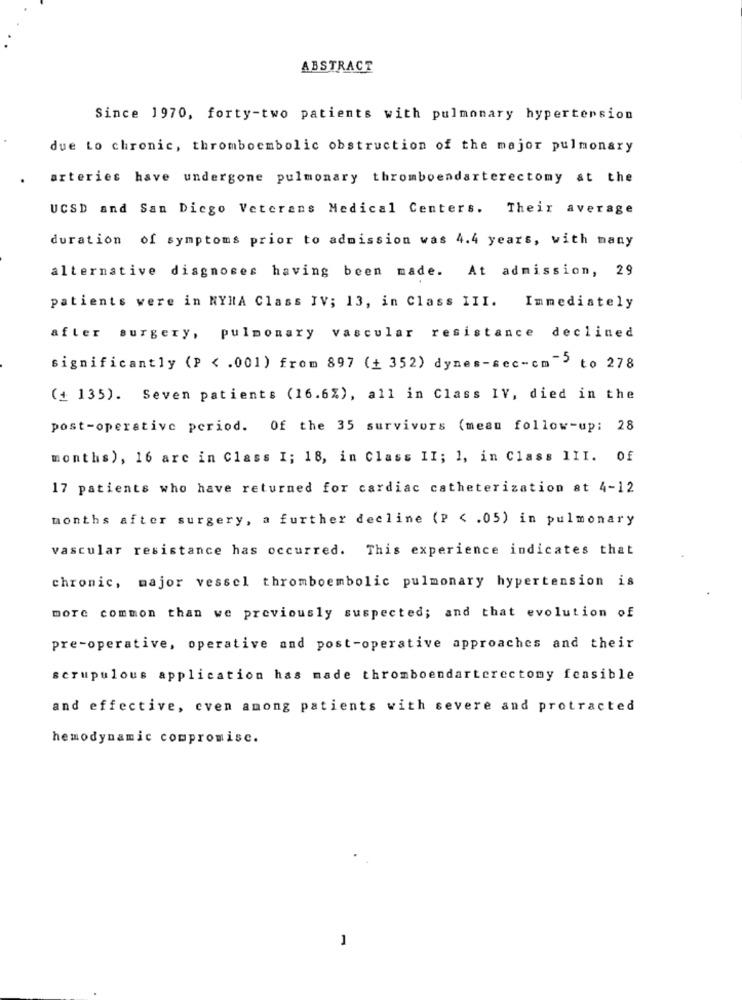
ABSTRACT
Since 1970, forty-two patients with pulmonary hypertension
due Lo chronic, thromboembolic obstruction of the major pulmonary
arteries have undergone pulmonary thromboendarterectomy at the
UCSD and San Diego Veterans Medical Centers. Their average
duration of symptoms prior to admission was 4.4 years, with many
alternative diagnoses having been made. At admission, 29
patients were in NYHA Class IV; 13, in Class III. Immediately
after surgery, pulmonary vascular resistance declined
significantly (P < . 001) from 897 (+ 352) dynes-sec-cm"> to 278
(+ 135). Seven patients (16.6%), all in Class IV, died in the
post-operative period. Of the 35 survivors (mean follow-up: 28
months), 16 are in Class I; 18, in Class II; 1, in Class III. Of
17 patients who have returned for cardiac catheterization at 4-12
months after surgery, a further decline (P < . 05) in pulmonary
vascular resistance has occurred. This experience indicates that
chronic, major vessel thromboembolic pulmonary hypertension is
more common than we previously suspected; and that evolution of
pre-operative, operative and post-operative approaches and their
scrupulous application has made thromboendarterectomy feasible
and effective, even among patients with severe and protracted
hemodynamic compromisc.
-